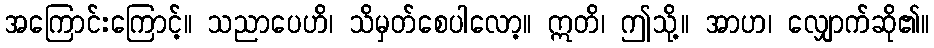
အကြောင်းကြောင့်။ သညာပေဟိ၊ သိမှတ်စေပါလော့။ ဣတိ၊ ဤသို့။ အာဟ၊ လျှောက်ဆို၏။